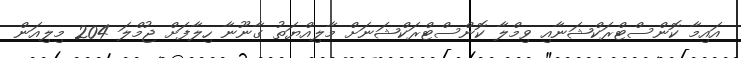
އައިމާ ކޮންސްޓްރަކްޝަނާއި ވިމްލާ ކޮންސްޓްރަކްޝަނަށް މާލިއްޔަތު ގާނޫނާ ހިލާފަށް ޖުމްލަ 204 މިލިއަން